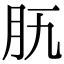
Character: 𦘵